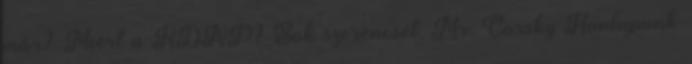
már? Miért a KDNP? Sok szerencsét, Mr. Gorsky Honlapunk